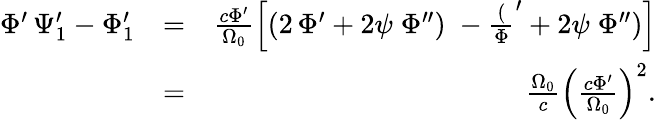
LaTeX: \begin{array}{rlr}{\Phi^{\prime}\, \Psi_{1}^{\prime}-\Phi_{1}^{\prime}}&{=}&{\frac{c\Phi^{\prime}}{\Omega_{0}}\left[(2\, \Phi^{\prime}+2\psi\; \Phi^{\prime\prime})\; -\frac(\Phi^{\prime}+2\psi\; \Phi^{\prime\prime})\right]}\\ &{=}&{\frac{\Omega_{0}}{c}\left(\frac{c\Phi^{\prime}}{\Omega_{0}}\right)^{2}.}\end{array}